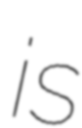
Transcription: is